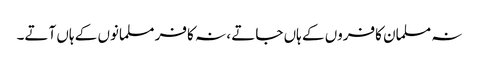
نہ مسلمان کافروں کے ہاں جاتے ، نہ کافر مسلمانوں کے ہاں آتے۔